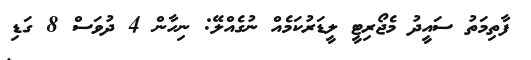
ފާތިމަތު ސައީދު މެޖޯރިޓީ ލީޑަރުކަމެއް ނުގެއްލޭ: ނިހާން 4 ދުވަސް 8 ގަޑި